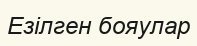
Езілген бояулар